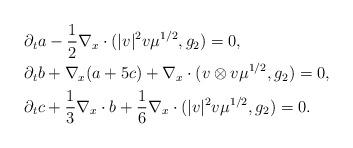
LaTeX: \begin{align*}&\partial_t a - \frac{1}{2} \nabla_x \cdot(\vert v \vert^2 v\mu^{1/2}, g_2)=0,\\&\partial_t b + \nabla_x (a+5c) + \nabla_x \cdot (v\otimes v \mu^{1/2}, g_2) =0,\\&\partial_t c + \frac{1}{3}\nabla_x \cdot b +\frac{1}{6} \nabla_x \cdot (\vert v \vert^2 v \mu^{1/2}, g_2) =0.\end{align*}